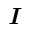
\boldsymbol { \mathit { I } }